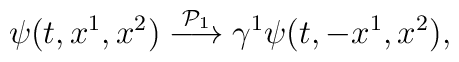
\psi(t, x^1, x^2)\stackrel{{\cal P}_1}{\longrightarrow}\gamma^1\psi(t,-x^1, x^2),